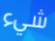
شيء